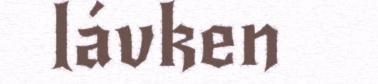
lávken